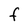
Character: f